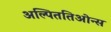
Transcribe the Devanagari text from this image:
अल्पिततिओन्स